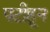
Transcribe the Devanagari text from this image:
पटीहून